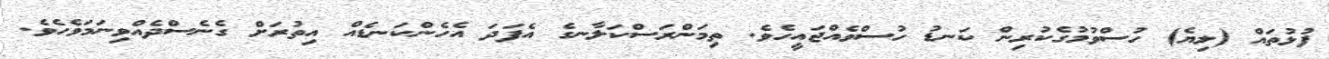
ފުޅުތައް (ލިޔެ) ހުސްވުމުގެކުރިން ކަނޑު ހުސްވެއްޖައީހެވެ. ތިމަންރަސްކަލާނގެ އެފަދަ އެހެންކަނޑެއް އިތުރަށް ގެނެސްދެއްވިނަމަވެހެވެ.